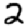
Digit: 2